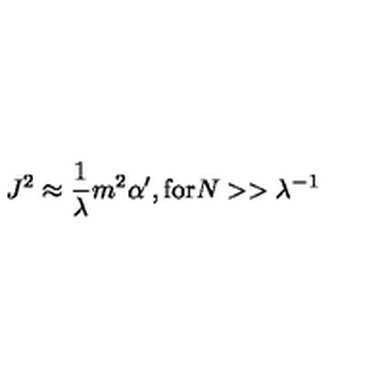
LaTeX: J ^ { 2 } \approx \frac { 1 } { \lambda } m ^ { 2 } \alpha ^ { \prime } , \mathrm { f o r } N > > \lambda ^ { - 1 }